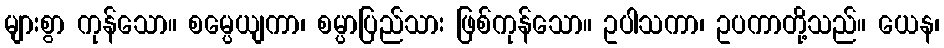
များစွာ ကုန်သော။ စမ္ပေယျကာ၊ စမ္ပာပြည်သား ဖြစ်ကုန်သော။ ဥပါသကာ၊ ဥပကာတို့သည်။ ယေန၊